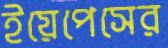
ইয়েপেসের